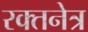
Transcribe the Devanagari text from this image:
रक्तनेत्र